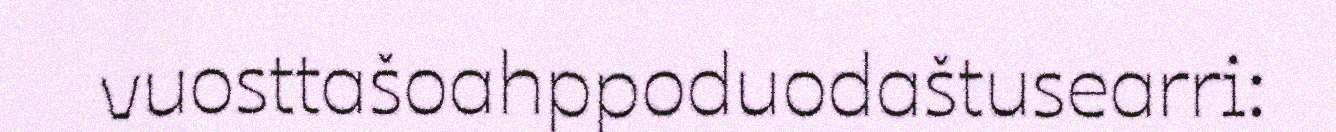
vuosttašoahppoduodaštusearri: